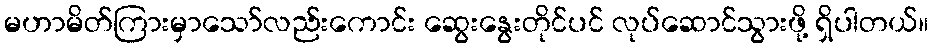
မဟာမိတ်ကြားမှာသော်လည်းကောင်း ဆွေးနွေးတိုင်ပင် လုပ်ဆောင်သွားဖို့ ရှိပါတယ်။